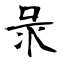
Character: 彔